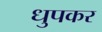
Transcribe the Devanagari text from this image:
धुपकर